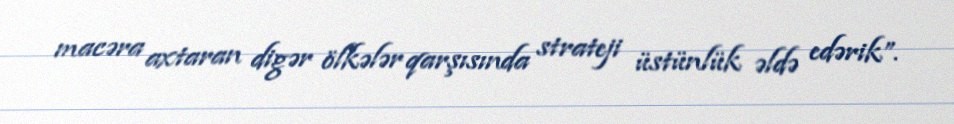
macəra axtaran digər ölkələr qarşısında strateji üstünlük əldə edərik”.